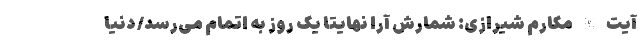
آیت الله مکارم شیرازی: شمارش آرا نهایتاً یک روز به اتمام می‌رسد/ دنیا